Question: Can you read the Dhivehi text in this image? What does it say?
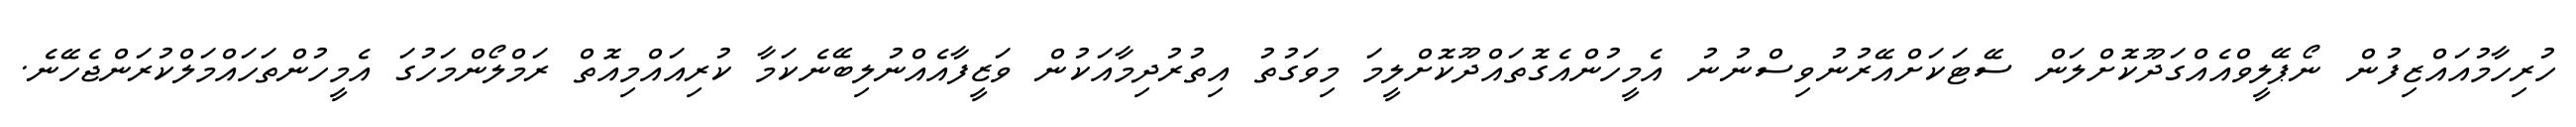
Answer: ހުރިހާމުއައްޒިފުން ނޯޕޭލީވްއެއްގަދޫކޮށްލަން ސޭޓަކަށްއޭރުނުވިސްނުނު އެމީހުންއެގޮތައްދޫކޮށްލީމަ މިވަގުތު އިތުރުދިމާއަކުން ވަޒީފާއެއްނުލިބޭނެކަމާ ކުރިއައްމިއޮތް ރަމްލޯންމަހުގަ އެމީހުންތަހައްމަލްކުރަންޖެހޭނެ.